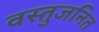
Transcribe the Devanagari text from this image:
वस्तुजनित